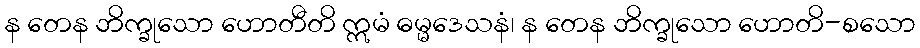
န တေန ဘိက္ခုသော ဟောတီတိ ဣမံ ဓမ္မဒေသနံ၊ န တေန ဘိက္ခုသော ဟောတိ-စသော